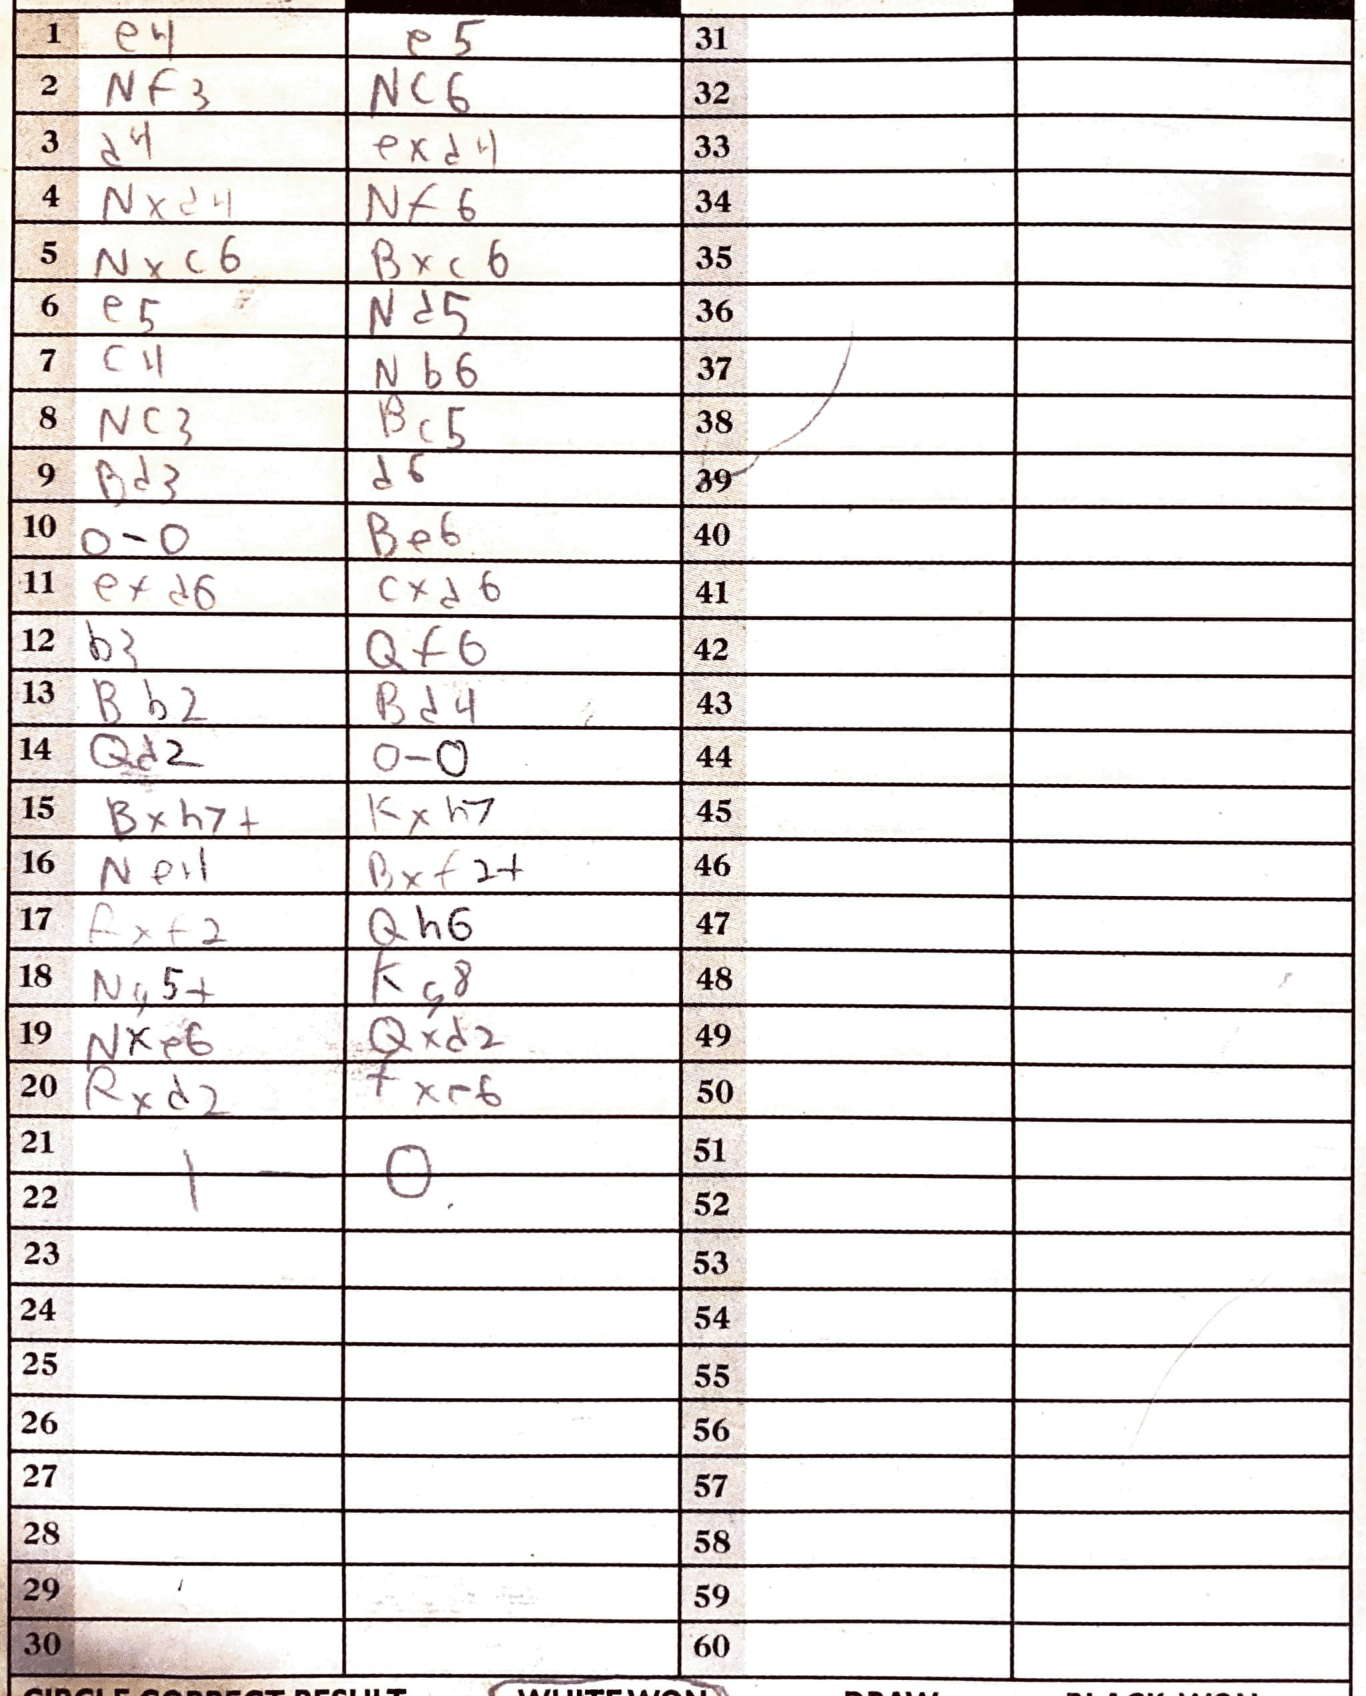
Moves: e4 e5 Nf3 Nc6 d4 exd4 Nxd4 Nf6 Nxc6 Bxc6 e5 Nd5 c4 Nb6 Nc3 Bc5 Bd3 d6 O-O Be6 exd6 cxd6 b3 Qf6 Bb2 Bd4 Qd2 O-O Bxh7+ Kxh7 Ne4 Bxf2+ Rxf2 Qh6 Ng5+ Kg8 Nxe6 Qxd2 Rxd2 fxe6